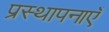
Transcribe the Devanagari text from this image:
प्रस्थापनाएँ